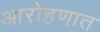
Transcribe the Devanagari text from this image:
आरोहणात